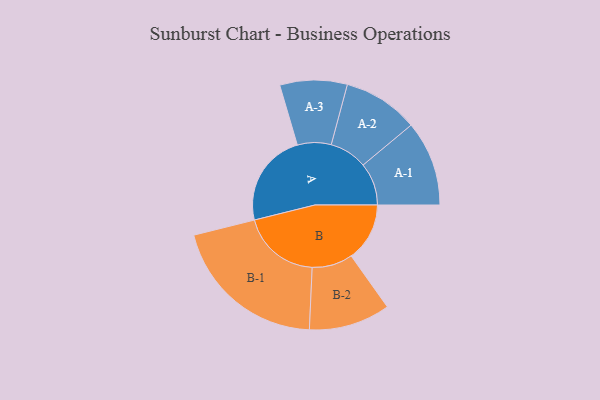
{"axis": {"x": "Segment", "y": "Value"}, "legend": ["", "A", "B"], "data": [{"x": "A", "y": 348, "type": ""}, {"x": "B", "y": 217, "type": ""}, {"x": "A-1", "y": 158, "type": "A"}, {"x": "A-2", "y": 140, "type": "A"}, {"x": "A-3", "y": 125, "type": "A"}, {"x": "B-1", "y": 292, "type": "B"}, {"x": "B-2", "y": 151, "type": "B"}]}